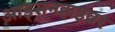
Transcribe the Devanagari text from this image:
आइसनहाइवर